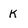
Character: K